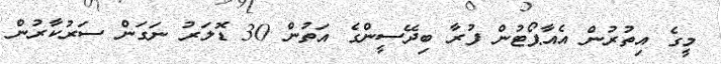
މީގެ އިތުރުން އެއާޕޯޓުން ފުރާ ބިދޭސީންގެ އަތުން 30 ޑޮލަރު ނަގަން ސަރުކާރުން